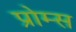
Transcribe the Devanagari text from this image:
प्रोम्स